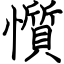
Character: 懫